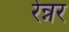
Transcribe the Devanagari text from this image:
रेन्नर